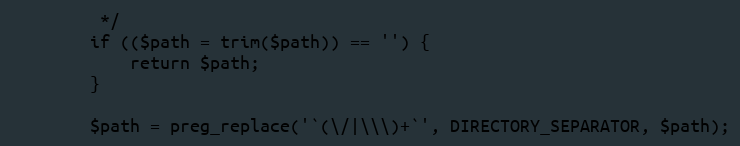
Language: PHP
         */
        if (($path = trim($path)) == '') {
            return $path;
        }

        $path = preg_replace('`(\/|\\\)+`', DIRECTORY_SEPARATOR, $path);